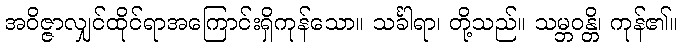
အဝိဇ္ဇာလျှင်ထိုင်ရာအကြောင်းရှိကုန်သော။ သင်္ခါရာ၊ တို့သည်။ သမ္ဘဝန္တိ၊ ကုန်၏။